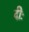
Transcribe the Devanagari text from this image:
दीः